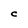
Character: C